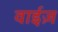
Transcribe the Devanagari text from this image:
वाईज़